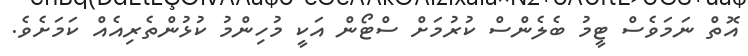
އޮތް ނަމަވެސް ޓީމު ބެލެންސް ކުރުމަށް ސްޓޯން އަކީ މުހިންމު ކުޅުންތެރިއެއް ކަމަށެވެ.